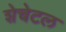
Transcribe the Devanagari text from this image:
शेचेटल